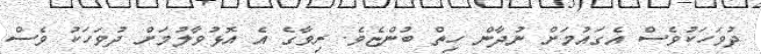
ދުވަހަކުވެސް އެގައުމަށް ނުދާން ހިތް ބުންޏެވެ. ރިވާގެ އެ އޮޅުވާލުމަށް ދުވަހަކު ވެސް